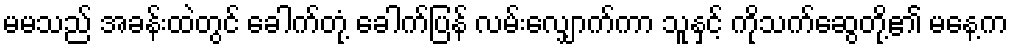
မမသည် အခန်းထဲတွင် ခေါက်တုံ့ ခေါက်ပြန် လမ်းလျှောက်ကာ သူနှင့် ကိုသက်ဆွေတို့၏ မနေ့က